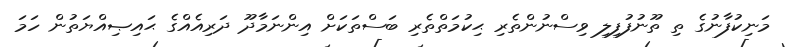
މަނިކުފާނުގެ ތި ތޫނުފުފިލި ވިސްނުންތެރި ޙިކުމަތްތެރި ބަސްތަކަށް އިންނަމާދޫ ދަރިއެއްގެ ޙައިޞިއްޔަތުން ހަމަ